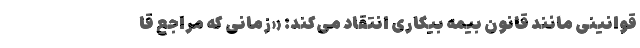
قوانینی مانند قانون بیمه بیکاری انتقاد می‌کند: «زمانی که مراجع قا